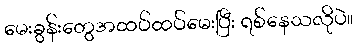
မေးခွန်းတွေအထပ်ထပ်မေးပြီး ရစ်နေသလိုပဲ။